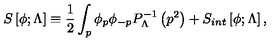
S \left[ \phi ; \Lambda \right] \equiv { \frac { 1 } { 2 } } \int _ { p } \phi _ { p } \phi _ { - p } P _ { \Lambda } ^ { - 1 } \left( p ^ { 2 } \right) + S _ { i n t } \left[ \phi ; \Lambda \right] ,